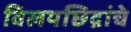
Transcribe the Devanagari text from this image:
विलयछिद्रांचे